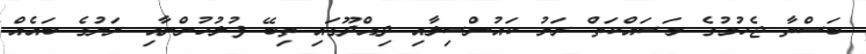
ބަސްތާ ޖެހުމުގެ މަސައްކަތް ރަށު ކައުންސިލާއި ދިއްދޫގައި ތިބޭ ފުލުހުންނާއި ރަށުގެ ބައެއް